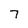
Character: 7